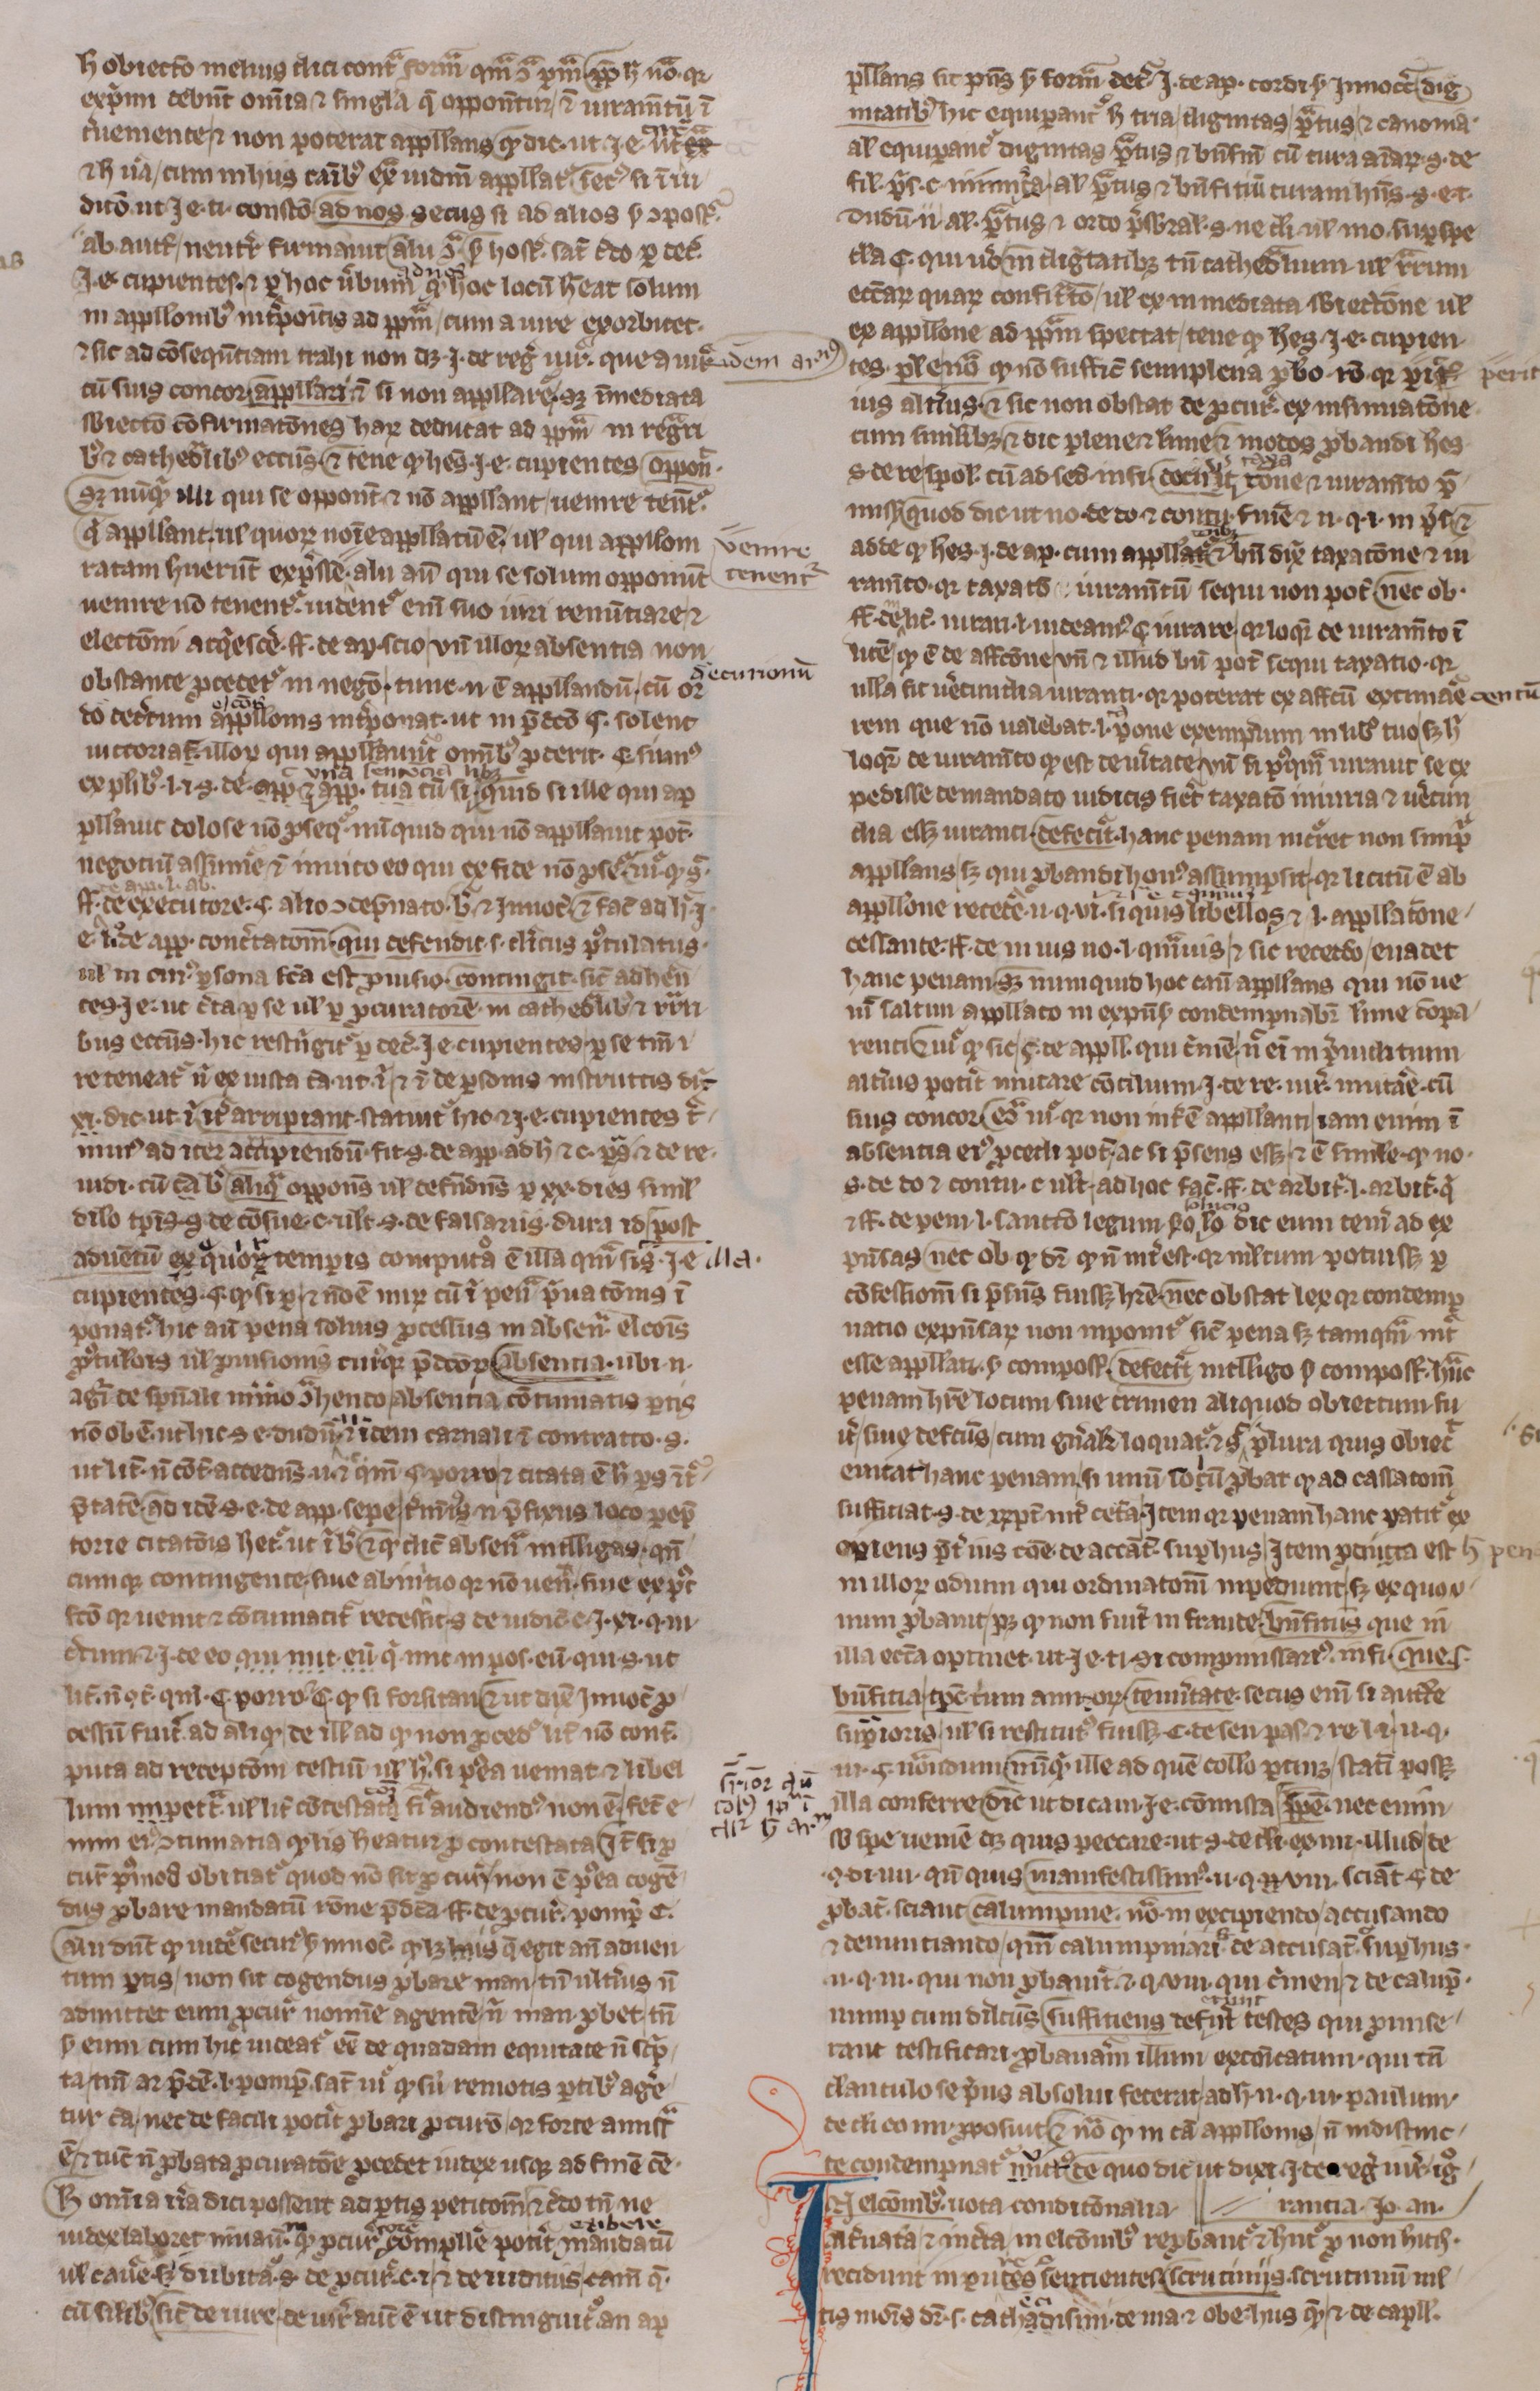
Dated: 1300–1399